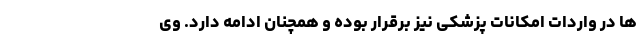
ها در واردات امکانات پزشکی نیز برقرار بوده و همچنان ادامه دارد. وی